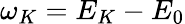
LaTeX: \omega_{K}=E_{K}-E_{0}